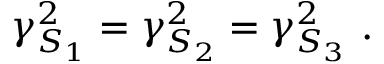
\gamma _ { S _ { 1 } } ^ { 2 } = \gamma _ { S _ { 2 } } ^ { 2 } = \gamma _ { S _ { 3 } } ^ { 2 } ~ .